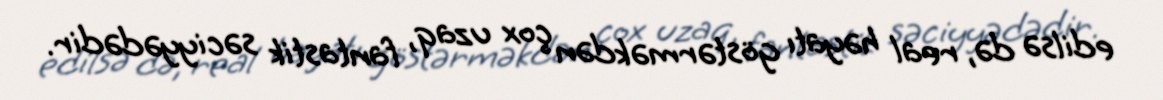
edilsə də, real həyatı göstərməkdən çox uzaq, fantastik səciyyədədir.